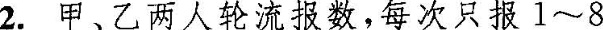
2.甲、乙两人轮流报数，每次只报1~8